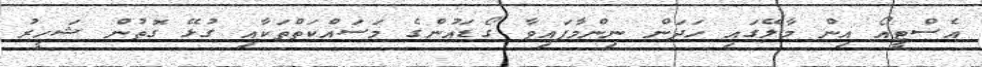
އެސްޓީއޯ އިން މާލޭގައި ހަދަން ނިންމާފައިވާ ގޯޑައުންގެ މަސައްކަތްތަކާއި ގުޅޭ ގޮތުން ޝަހީރު